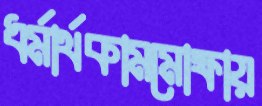
ধর্মার্থকামমোক্ষায়